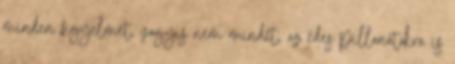
minden figyelmét, vagyis nem mindet, az édes pillanatokra is